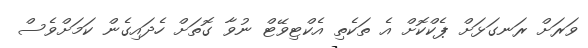
ވަރަށް ރަނގަޅަށް ޕެކްކޮށް އެ ތަކެތި އެކްޓިވޭޓް ނުވާ ގޮތަށް ހެދައިގެން ކަމަށްވެސް